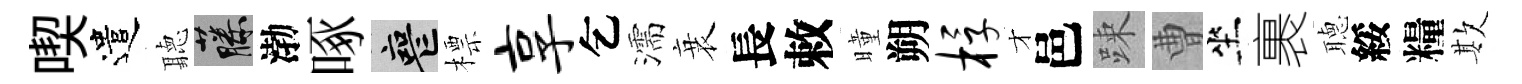
喫遣聽藤渤啄喪標享乞濡衰長敕曈朔桴才邑踈曹坐裹𦗟綏糧欺